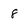
Character: 8